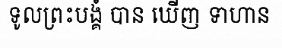
ទូលព្រះបង្គំ បាន ឃើញ ទាហាន